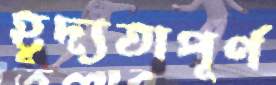
হূদ্যতাপূর্ণ